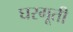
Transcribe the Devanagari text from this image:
घरगूती